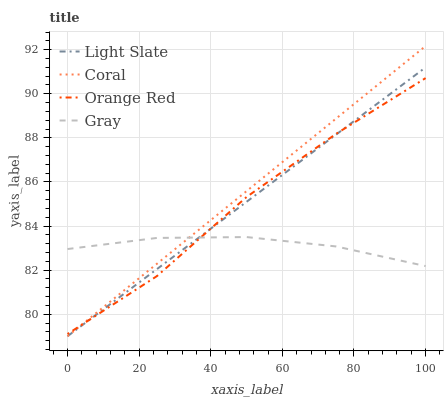
| xaxis_label | Light Slate | Coral | Orange Red | Gray |
 | --- | --- | --- | --- | --- |
 | 0 | 79 | 79 | 79.1 | 83 |
 | 25 | 82 | 82.3 | 81.7 | 83.5 |
 | 50 | 85.1 | 85.6 | 85.3 | 83.5 |
 | 75 | 88.1 | 88.9 | 88.2 | 83.1 |
 | 100 | 91.2 | 92.2 | 90.7 | 82.2 |